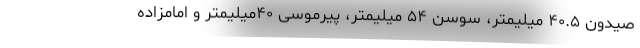
صیدون ۴۰.۵ میلیمتر، سوسن ۵۴ میلیمتر، پیرموسی ۴۰میلیمتر و امامزاده